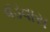
વડવાસ